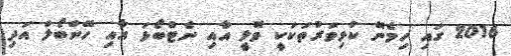
2016 ގައި ހިމެނޭ ކުޅިވަރުތަކަކީ ވޮލީ އާއި ނެޓްބޯޅަ އާއި ހޭންބޯލް އަދި